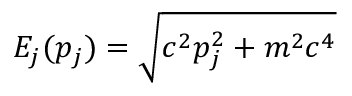
E _ { j } ( p _ { j } ) = \sqrt { c ^ { 2 } p _ { j } ^ { 2 } + m ^ { 2 } c ^ { 4 } }